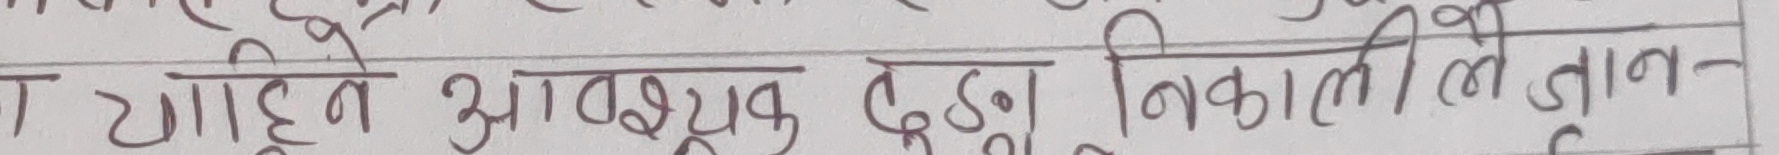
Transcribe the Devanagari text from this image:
टाढा हुने आवश्यक देख्नु निकाली लीए जान्छ ।